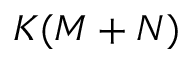
K ( M + N )